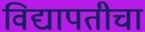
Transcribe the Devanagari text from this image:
विद्यापतीचा